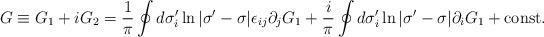
LaTeX: \begin{align*}G\equiv G_1+iG_2=\frac{1}{\pi}\oint d\sigma_i'\ln |\sigma'-\sigma |\epsilon_{ij}\partial_jG_1+\frac{i}{\pi}\oint d\sigma'_i\ln |\sigma'-\sigma |\partial_iG_1+{\rm const.}\end{align*}